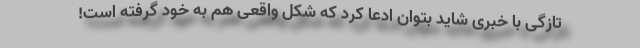
تازگی با خبری شاید بتوان ادعا کرد که شکل واقعی هم به خود گرفته است!